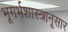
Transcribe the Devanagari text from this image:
भूगर्भशास्त्रानूसार